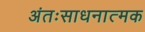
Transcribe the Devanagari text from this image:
अंतःसाधनात्मक